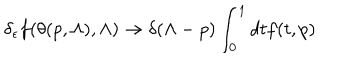
\delta _ { \epsilon } f ( \theta ( p , \Lambda ) , \Lambda ) \rightarrow \delta ( \Lambda - p ) \int _ { 0 } ^ { 1 } d t f ( t , p )